Medical and sanitary report of the native army of Madras for the year
Year: 1877
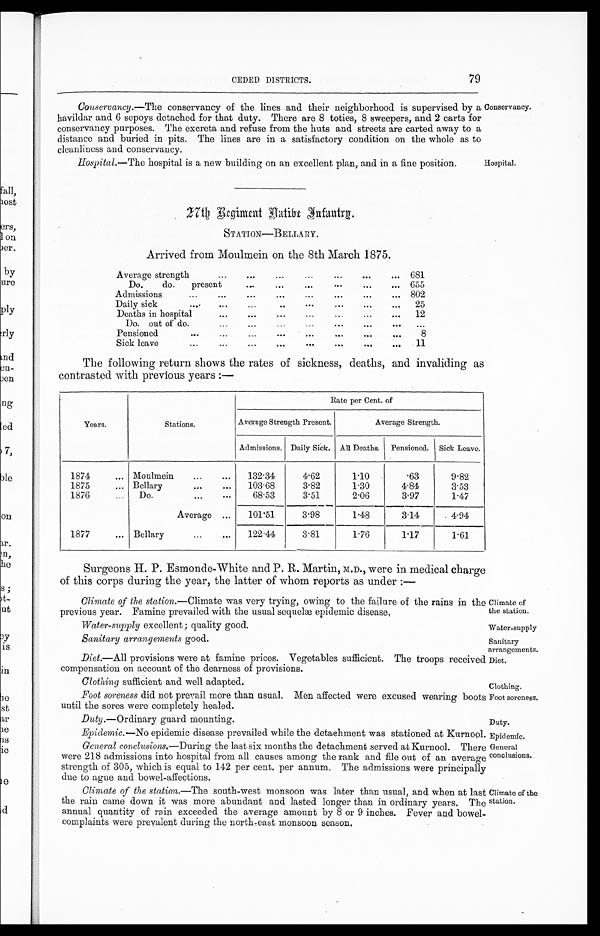
Water-supply excellent ; quality good.
Water-supply
Sanitary arrangements good.
Sanitary
arrangements.
Clothing sufficient and well adapted.
Clothing.
Foot soreness.
Duty.
Epidemic.
General
conclusions.
Climate of the
station.
79
CEDED DISTRICTS.
Conservancy —The conservancy of the lines and their neighborhood is supervised by a
havildar and 6 sepoys detached for that duty. There are 8 toties, 8 sweepers, and 2 carts for
conser vancy pur poses. The excr et a and r ef use f r om t he hut s and st r eet s ar e car t ed away t o a
distance and buried in pits. The lines are in a satisfactory condition on the whole as to
cleanliness and conservancy.
Conservancy.
Hospital. —The hospital is a new building on an excellent plan, and in a fine position.
Hospital.
2 7 t h R e g i m e n t
N a t i v e I n f a n t r y
STATION—BELLARY.
Arrived from Moulmein on the 8th March 1875.
Average strength
... ... ...
...
...
... ...
681
Do.
do.
present
... ... ... ... ... ...
655
Admission
...
...
...
...
...
... ...
... 802
Daily sick
...
...
...
... ...
...
...
...
25
Deaths in hospital
... ...
...
...
...
...
...
12
Do. out of do.
... ... ...
...
...
... ... ...
Pensioned
...
...
...
... ... ... ... ...
8
Sick leave
...
...
...
... ... ... ...
.....
11
The following return shows the rates of sickness, deaths, and invaliding as
contrasted with previous years :—
Years.
Stations.
Rate per Cent. of
Average Strength Present.
Average Strength.
Admissions. Daily Sick. All Deaths.
Pensioned.
Sick Leave.
1874
... Moulmein
...
...
132 . 34
4
.
62
1
.
10
.
63
9
.
82
1875
... Bellary
... ...
103 . 68
3
.
82
1
.
30
4
.
84
3
.
53
1876
...
Do.
...
...
68.53
3.51
2.06
3.97
1.47
Average ...
101'51
3'98
1.48
3.14
4.94
1877
...
Bellary
...
...
122 . 44
3.81
1.76
1.17
1.61
Surgeons H. P. Esmonde-White and P. R. Martin, M.D., were in medical charge
of this corps during the year, the latter of whom reports as under :—
Climate of the station —Climate was very trying, owing to the failure of the rains in the
previous year. Famine prevailed with the usual sequel epidemic disease,
Climate of
the station.
Diet.—All provisions were at famine prices. Vegetables sufficient. The troops received
compensation on account of the dearness of provisions.
Diet.
Foot soreness did not prevail more than usual. Men affected were excused wearing boots
until the sores were completely healed.
Duty.—Ordinary guard mounting.
Epidemic. —No epidemic disease prevailed while the detachment was stationed at Kurnool.
General conclusions. —During the last six months the detachment served at Kurnool. There
were 218 admissions into hospital from all causes among the rank and file out of an average
strength of 305, which is equal to 142 per cent, per annum. The admissions were principally
due to ague and bowel-affections.
Climate of the station. —The south-west monsoon was later than usual, and when at last
the rain came down it was more abundant and lasted longer than in ordinary years. The
annual quantity of rain exceeded the average amount by 8 or 9 inches. Fever and bowel-
complaints were prevalent during the north-east monsoon season.